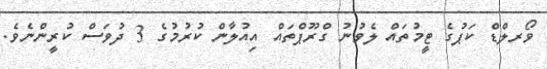
ވޯރލްޑް ކަޕުގެ ޓީމުތައް ލެވުނު ގްރޫޕްތައް އިއުލާން ކުރުމުގެ 3 ދުވަސް ކުރީންނެވެ.